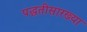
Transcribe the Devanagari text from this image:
पद्धतीसारख्या